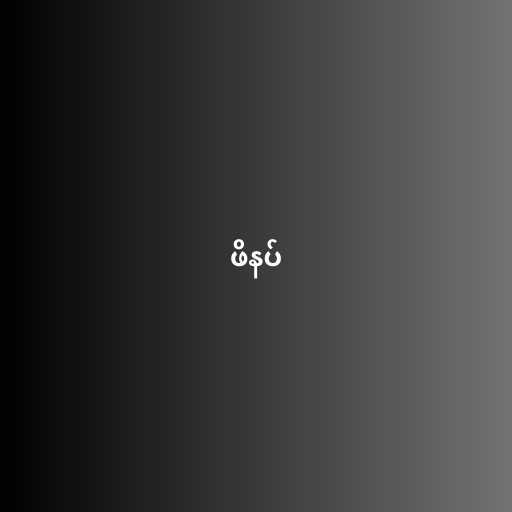
ဖိနပ်